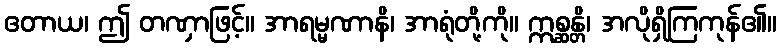
ဧတာယ၊ ဤ တဏှာဖြင့်။ အာရမ္မဏာနိ၊ အာရုံတို့ကို။ ဣစ္ဆန္တိ၊ အလိုရှိကြကုန်၏။